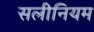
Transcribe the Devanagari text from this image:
सलीनियम